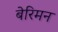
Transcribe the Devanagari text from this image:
बेरिमन